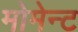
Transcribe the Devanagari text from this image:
मोमेन्ट